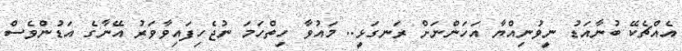
އެއްޗެކޭ ބުނާއަޑު ނީވުނިއްޔާ އަހަންނަށް ރަނގަޅީ.. މައުވާ ހިތްހަމަ ނުޖެހިފައިވާވަރު އޭނާގެ އަޑުންވެސް